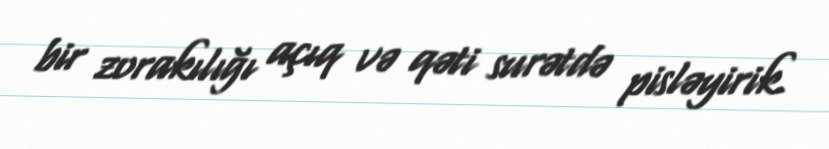
bir zorakılığı açıq və qəti surətdə pisləyirik.